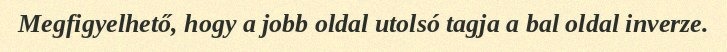
Megfigyelhető, hogy a jobb oldal utolsó tagja a bal oldal inverze.